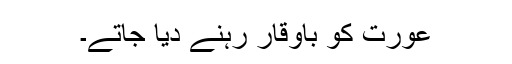
عورت کو باوقار رہنے دیا جاتے۔